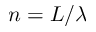
n = L / \lambda